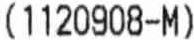
(1120908-M)